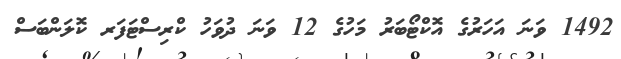
1492 ވަނަ އަހަރުގެ އޮކްޓޯބަރު މަހުގެ 12 ވަނަ ދުވަހު ކްރިސްޓަފަރ ކޮލަންބަސް